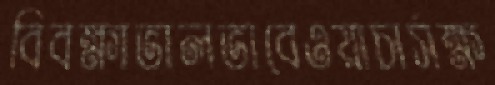
বিবক্ষাভালভাবেওয়াচার্সক্ষ